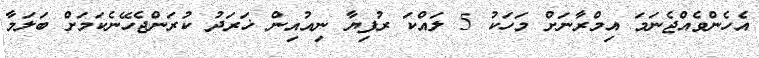
އެހެންވެއްޖެނަމަ އިމްރާނަށް މަހަކު 5 ލައްކަ ރުފިޔާ ނިއުއިން ޚަރަދު ކުރަންޖެހޭނެކަމަށް ބަލަމާ